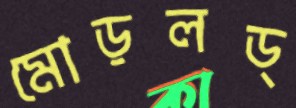
মোড়লড্